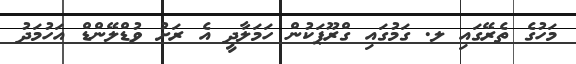
މަހުގެ ތެރޭގައި ލ. ގަމުގައި ގްރޫޕަކުން ހަމަލާދީ އެ ރަށު ވުޑްލޭންޑް އަހުމަދު